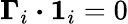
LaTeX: \boldsymbol{\Gamma}_{i}\boldsymbol{\cdot}\boldsymbol{1}_{i}=0